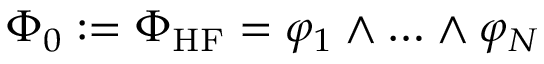
\Phi _ { 0 } : = \Phi _ { \mathrm { H F } } = \varphi _ { 1 } \wedge \ldots \wedge \varphi _ { N }